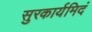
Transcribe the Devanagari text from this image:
सुरकार्यमिदं